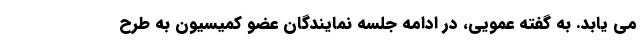
می یابد. به گفته عمویی، در ادامه جلسه نمایندگان عضو کمیسیون به طرح